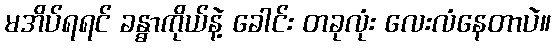
မအိပ်ရရင် ခန္ဓာကိုယ်နဲ့ ခေါင်း တခုလုံး လေးလံနေတာပဲ။